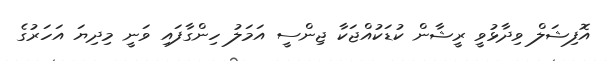
އޮފިޝަލް ވިދާޅުވީ ރީޝާން ކުޑަކުއްޖަކާ ޖިންސީ އަމަލު ހިންގާފައި ވަނީ މިދިޔަ އަހަރުގެ